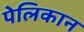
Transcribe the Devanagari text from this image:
पेलिकान